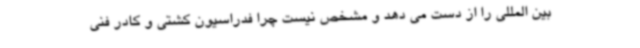
بین المللی را از دست می دهد و مشخص نیست چرا فدراسیون کشتی و کادر فنی